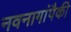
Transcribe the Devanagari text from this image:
नवनागांपैकी